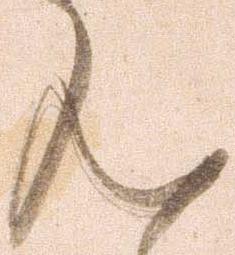
ん